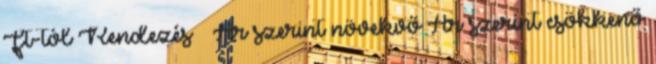
Ft-tól Rendezés Ár szerint növekvő Ár szerint csökkenő